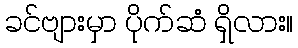
ခင်ဗျားမှာ ပိုက်ဆံ ရှိလား။